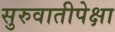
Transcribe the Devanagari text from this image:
सुरुवातीपेक्षा